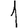
Digit: 1